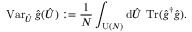
\operatorname { V a r } _ { \hat { U } } \hat { g } ( \hat { U } ) : = \frac { 1 } { N } \int _ { \operatorname { U } ( N ) } \mathrm { d } \hat { U } \, \operatorname { T r } ( \hat { g } ^ { \dag } \hat { g } ) .